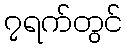
၇ရက်တွင်